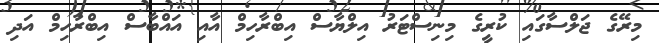
މިރޭގެ ޖަލްސާގައި ކުރީގެ މިނިސްޓަރު އިލްޔާސް އިބްރާހިމް އާއި އައްބާސް އިބްރާހިމް އަދި